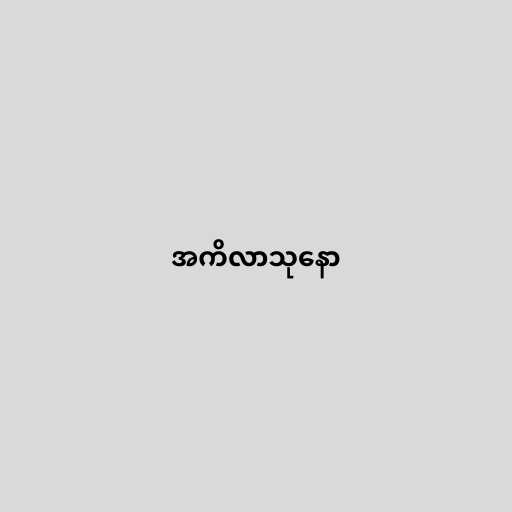
အကိလာသုနော